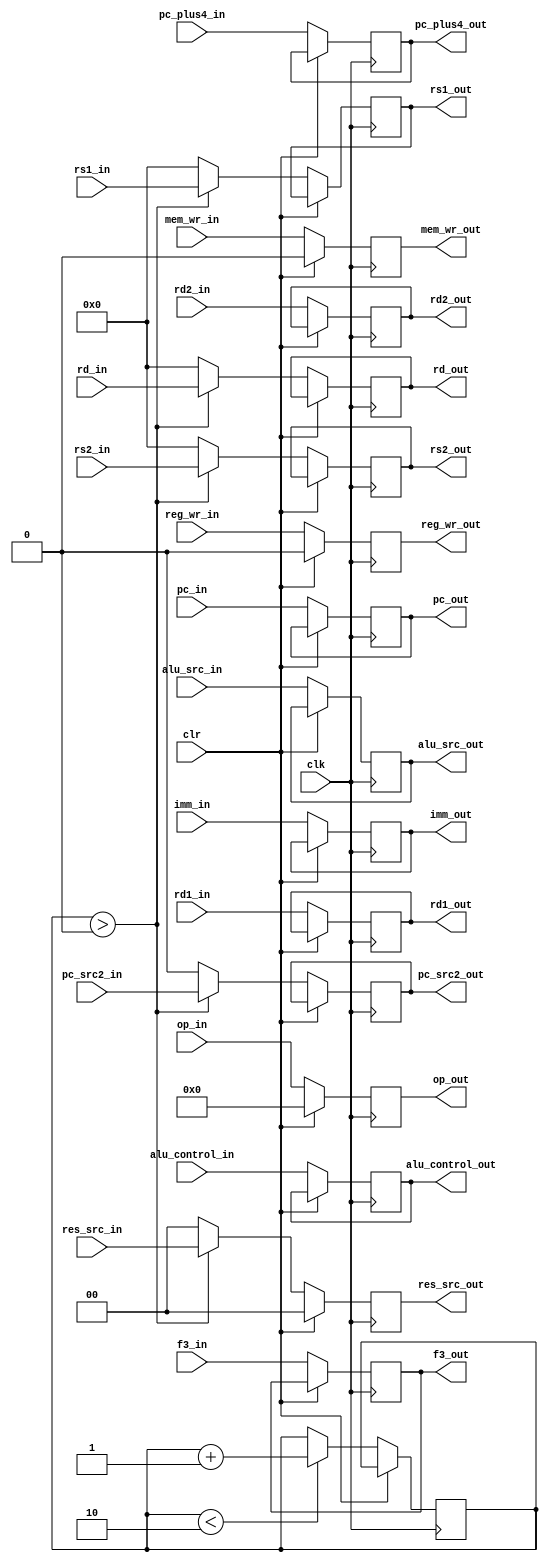

module Wall_E(clk, clr, reg_wr_in, reg_wr_out, res_src_in, res_src_out, mem_wr_in, mem_wr_out,
pc_src2_in, pc_src2_out, alu_control_in, alu_control_out, alu_src_in, alu_src_out,
rd1_in, rd1_out, rd2_in, rd2_out, pc_in, pc_out, rs1_in, rs1_out, rs2_in, rs2_out, rd_in, rd_out, imm_in, imm_out,
pc_plus4_in, pc_plus4_out, op_in, op_out, f3_in, f3_out);

input wire[0:0] clk, clr, reg_wr_in, mem_wr_in, pc_src2_in, alu_src_in;
output wire[0:0] reg_wr_out, mem_wr_out, pc_src2_out, alu_src_out;
input wire[1:0] res_src_in;
output wire[1:0] res_src_out;
input wire[2:0] alu_control_in, f3_in;
output wire[2:0] alu_control_out, f3_out;
input wire[4:0] rs1_in, rs2_in, rd_in;
output wire[4:0] rs1_out, rs2_out, rd_out;
input wire[6:0] op_in;
output wire[6:0] op_out;
input wire[31:0] rd1_in, rd2_in, pc_in, imm_in, pc_plus4_in;
output wire[31:0] rd1_out, rd2_out, pc_out, imm_out, pc_plus4_out;

reg[0:0] reg_wr, mem_wr, pc_src2=1'b0, alu_src;
reg[1:0] res_src=2'b0;
reg[2:0] alu_control, f3;
reg[4:0] rs1=5'b0, rs2=5'b0, rd=5'b0;
reg[6:0] op;
reg[31:0] rd1, rd2, pc, imm, pc_plus4;

reg[1:0] counter =2'b0;

always @(posedge clk) begin 

if(clr) begin 
  reg_wr <= 1'b0; 
  mem_wr <= 1'b0; 
  res_src <= 2'b0;
  op <= 7'b0; 
end
else begin
  counter <= (counter < 2'b10) ? counter+1 : counter;
  reg_wr <= reg_wr_in;
  mem_wr <= mem_wr_in;
  pc_src2 <= (counter > 2'b00) ? pc_src2_in : 1'b0;
  alu_src <= alu_src_in;
  res_src <= (counter > 2'b00)? res_src_in : 2'b0;
  alu_control <= alu_control_in;
  rs1 <= (counter > 2'b00)? rs1_in : 5'b0;
  rs2 <= (counter > 2'b00)? rs2_in : 5'b0;
  rd <= (counter > 2'b00)? rd_in : 5'b0;
  rd1 <= rd1_in;
  rd2 <= rd2_in;
  pc <= pc_in;
  imm <= imm_in;
  pc_plus4 <= pc_plus4_in;
  f3 <= f3_in;
  op <= op_in;
end

end

assign reg_wr_out = reg_wr;
assign mem_wr_out = mem_wr;
assign pc_src2_out = pc_src2;
assign alu_src_out = alu_src;
assign res_src_out = res_src;
assign alu_control_out = alu_control;
assign rs1_out = rs1;
assign rs2_out = rs2;
assign rd_out = rd;
assign rd1_out = rd1;
assign rd2_out = rd2;
assign pc_out = pc;
assign imm_out = imm;
assign pc_plus4_out = pc_plus4;
assign f3_out = f3;
assign op_out = op;

endmodule